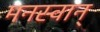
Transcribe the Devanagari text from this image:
मनस्वान्